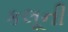
કલૂની